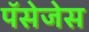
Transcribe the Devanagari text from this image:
पॅसेजेस